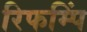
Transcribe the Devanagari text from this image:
रिफम्पिं